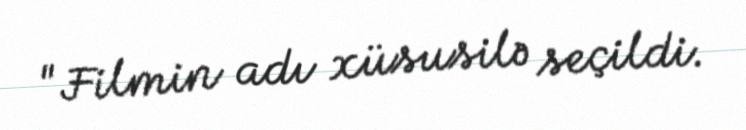
"Filmin adı xüsusilə seçildi.